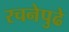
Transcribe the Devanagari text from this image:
रचनेपुढे